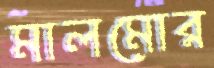
মালমোর